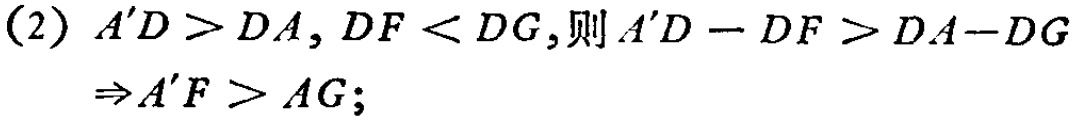
(2) \(A'D > DA, DF < DG\), 则 \(A'D - DF > DA - DG\)
\(\Rightarrow A'F > AG\);